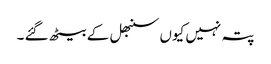
پتہ نہیں کیوں سنبھل کے بیٹھ گئے ۔